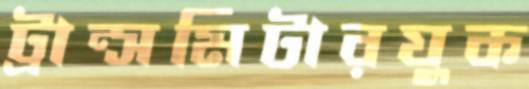
ট্রান্সমিটারযুক